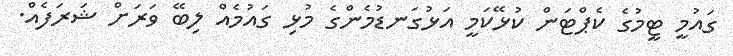
ގައުމީ ޓީމުގެ ކެޕްޓަން ކުޅޭކަމީ އަޅުގަނޑުމެންގެ މުޅި ގައުމެއް ލިބޭ ވަރަށް ޝަރަފެއް.